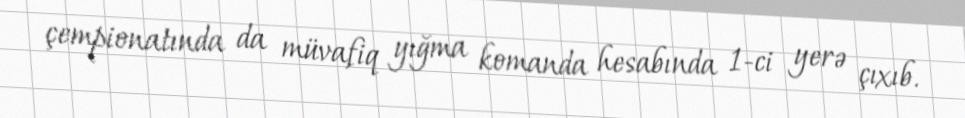
çempionatında da müvafiq yığma komanda hesabında 1-ci yerə çıxıb.